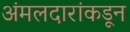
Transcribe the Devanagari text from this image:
अंमलदारांकडून